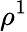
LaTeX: \rho^{1}